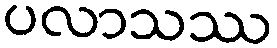
ပလာသဿ